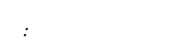
: